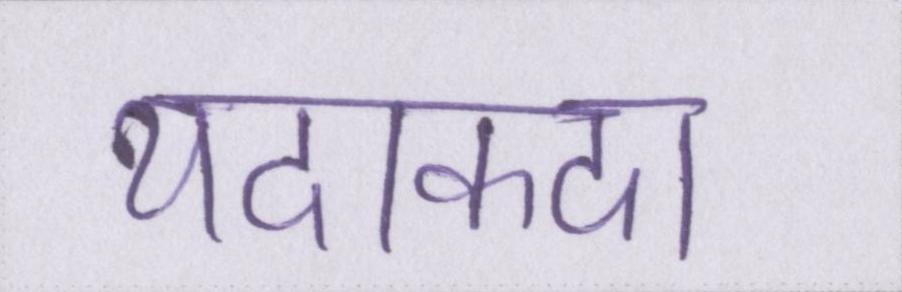
यदाकदा